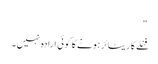
"
فنلے کا ریٹائر ہونے کا کوئی ارادہ نہیں۔